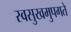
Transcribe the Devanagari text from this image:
स्वसुखमुपगते